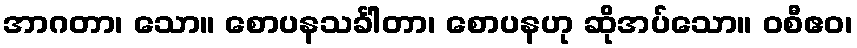
အာဂတာ၊ သော။ စောပနသင်္ခါတာ၊ စောပနဟု ဆိုအပ်သော။ ဝစီဧဝ၊